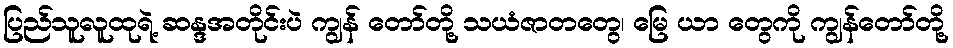
ပြည်သူလူထုရဲ့ ဆန္ဒအတိုင်းပဲ ကျွန် တော်တို့ သယံဇာတတွေ၊ မြေ ယာ တွေကို ကျွန်တော်တို့